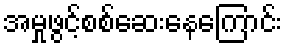
အမှုဖွင့်စစ်ဆေးနေကြောင်း